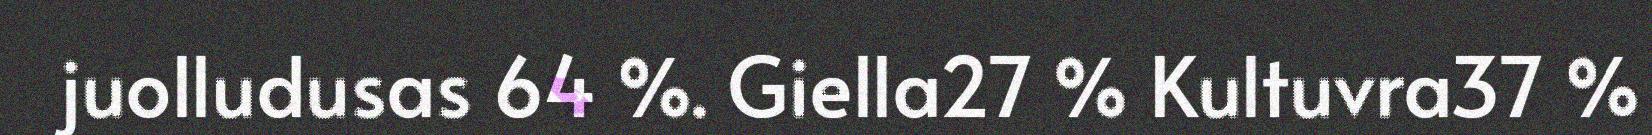
juolludusas 64 %. Giella27 % Kultuvra37 %